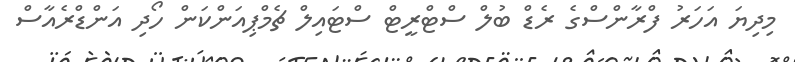
މިދިޔަ އަހަރު ފްރާންސްގެ ރެޑް ބުލް ސްޓްރީޓް ސްޓައިލް ޗެމްޕިއަންކަން ހޯދި އަންޑްރެއާސް